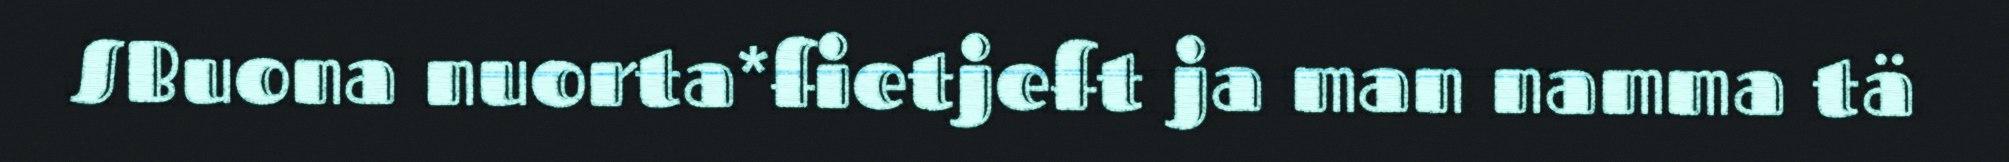
SBuona nuorta*fietjeft ja man namma tä